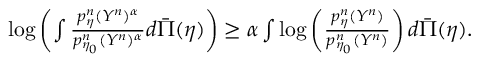
\begin{array} { r } { \log \left( \int \frac { p _ { \eta } ^ { n } ( Y ^ { n } ) ^ { \alpha } } { p _ { \eta _ { 0 } } ^ { n } ( Y ^ { n } ) ^ { \alpha } } d \bar { \Pi } ( \eta ) \right) \geq \alpha \int \log \left( \frac { p _ { \eta } ^ { n } ( Y ^ { n } ) } { p _ { \eta _ { 0 } } ^ { n } ( Y ^ { n } ) } \right) d \bar { \Pi } ( \eta ) . } \end{array}